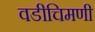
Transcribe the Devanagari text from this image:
वडीचिमणी